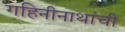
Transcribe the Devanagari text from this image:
गहिनीनाथांची